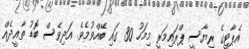
އެޕާޓީގެ ރިޔާސީ ޕްރައިމަރީ މިމަހު 30 ގައި ބޭއްވުމެވެ. އަދިވެސް ބޮޑު ތާއީދެއް